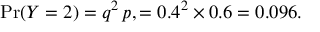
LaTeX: \operatorname* { P r } ( Y = 2 ) = q ^ { 2 } \, p , = 0 . 4 ^ { 2 } \times 0 . 6 = 0 . 0 9 6 .